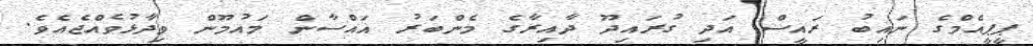
ޕީޕީއެމްގެ ނައިބު ރައީސް އަދި ގުރައިދޫ ދާއިރާގެ މެންބަރު ޣައްސާން މައުމޫން ވިދާޅުވެއްޖެއެވެ.